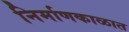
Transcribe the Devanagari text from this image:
निर्माणकाळात